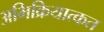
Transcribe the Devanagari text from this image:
अभिक्रियात्कत